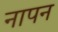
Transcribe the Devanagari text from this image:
नापन